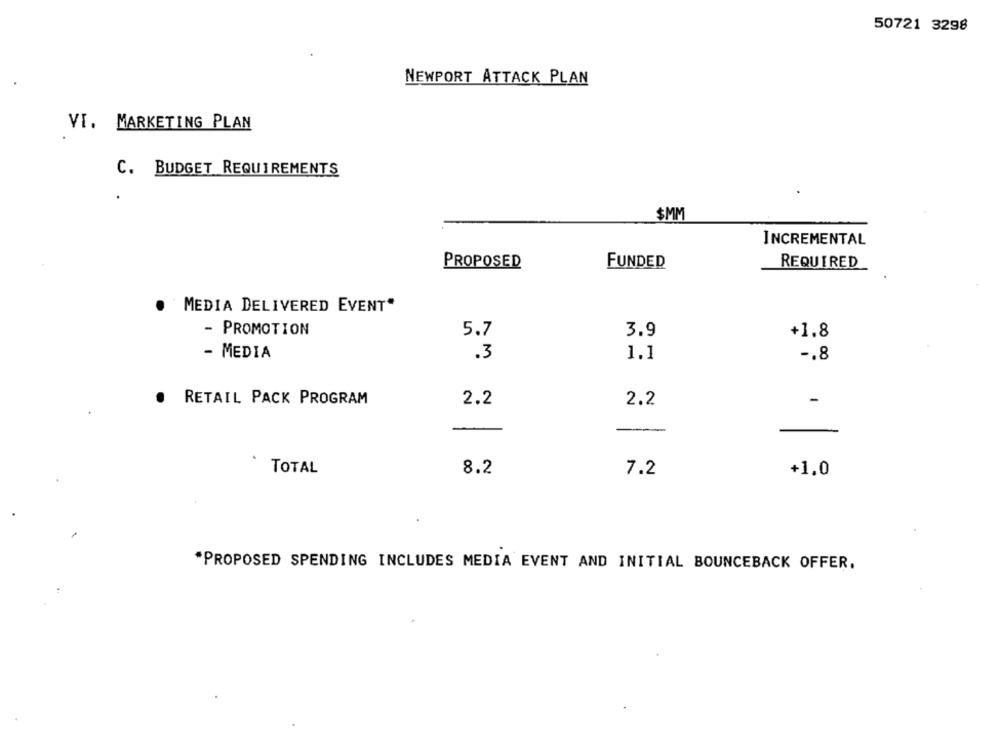
50721 3298
NEWPORT ATTACK PLAN
VI. MARKETING PLAN
C. BUDGET REQUIREMENTS
$MM
INCREMENTAL
PROPOSED
FUNDED
REQUIRED
MEDIA DELIVERED EVENT"
- PROMOTION
5.7
3.9
+1.8
- MEDIA
.3
1.1
-. 8
.
RETAIL PACK PROGRAM
2.2
2.2
TOTAL
8.2
7.2
+1.0
*PROPOSED SPENDING INCLUDES MEDIA EVENT AND INITIAL BOUNCEBACK OFFER.